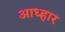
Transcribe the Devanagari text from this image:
आध्हार